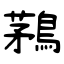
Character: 鶜